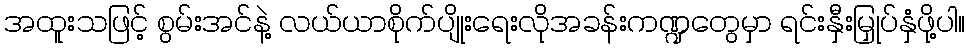
အထူးသဖြင့် စွမ်းအင်နဲ့ လယ်ယာစိုက်ပျိုးရေးလိုအခန်းကဏ္ဍတွေမှာ ရင်းနှီးမြှုပ်နှံဖို့ပါ။